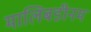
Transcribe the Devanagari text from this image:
मालिबडीनम